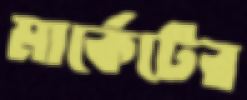
মার্কেটের